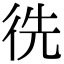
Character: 𢓠